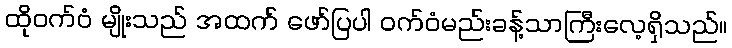
ထိုဝက်ဝံ မျိုးသည် အထက် ဖော်ပြပါ ဝက်ဝံမည်းခန့်သာကြီးလေ့ရှိသည်။